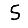
Digit: 5